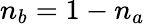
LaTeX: n_{b}=1-n_{a}